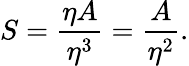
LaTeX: S=\frac{\eta A}{\eta^{3}}=\frac{A}{\eta^{2}}.